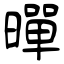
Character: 暺